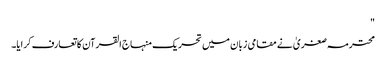
"
محترمہ صغریٰ نے مقامی زبان میں تحریک منہاج القرآن کا تعارف کرایا۔